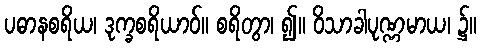
ပဓာနစရိယ၊ ဒုက္ခစရိယာဝ်။ စရိတွာ၊ ၍။ ဝိသာခါပုဏ္ဏမာယ၊ ၌။